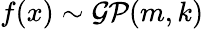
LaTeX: f(x)\sim{\mathcal{GP}}(m,k)